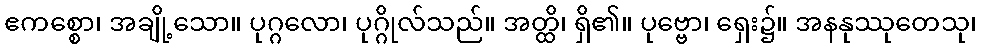
ဧကစ္စော၊ အချို့သော။ ပုဂ္ဂလော၊ ပုဂ္ဂိုလ်သည်။ အတ္ထိ၊ ရှိ၏။ ပုဗ္ဗော၊ ရှေး၌။ အနနုဿုတေသု၊